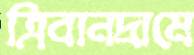
ত্রিবানদ্রামে